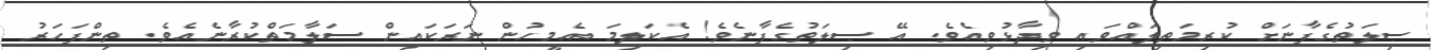
ޞިލަތުގެފާނަށް ކުރިމަތިލައްވައި ވިދާޅުވިއެވެ. އޭ ޞިލަތުގެފާނެވެ! އެކަލިމަ އެމީހުން ނަރަކައިން ސަލާމަތްކުރާނެއެވެ. ތިންފަހަރު